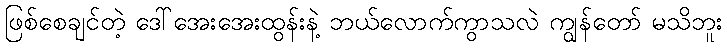
ဖြစ်စေချင်တဲ့ ဒေါ်အေးအေးထွန်းနဲ့ ဘယ်လောက်ကွာသလဲ ကျွန်တော် မသိဘူး